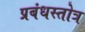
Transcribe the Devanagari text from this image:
प्रबंधस्तोत्र